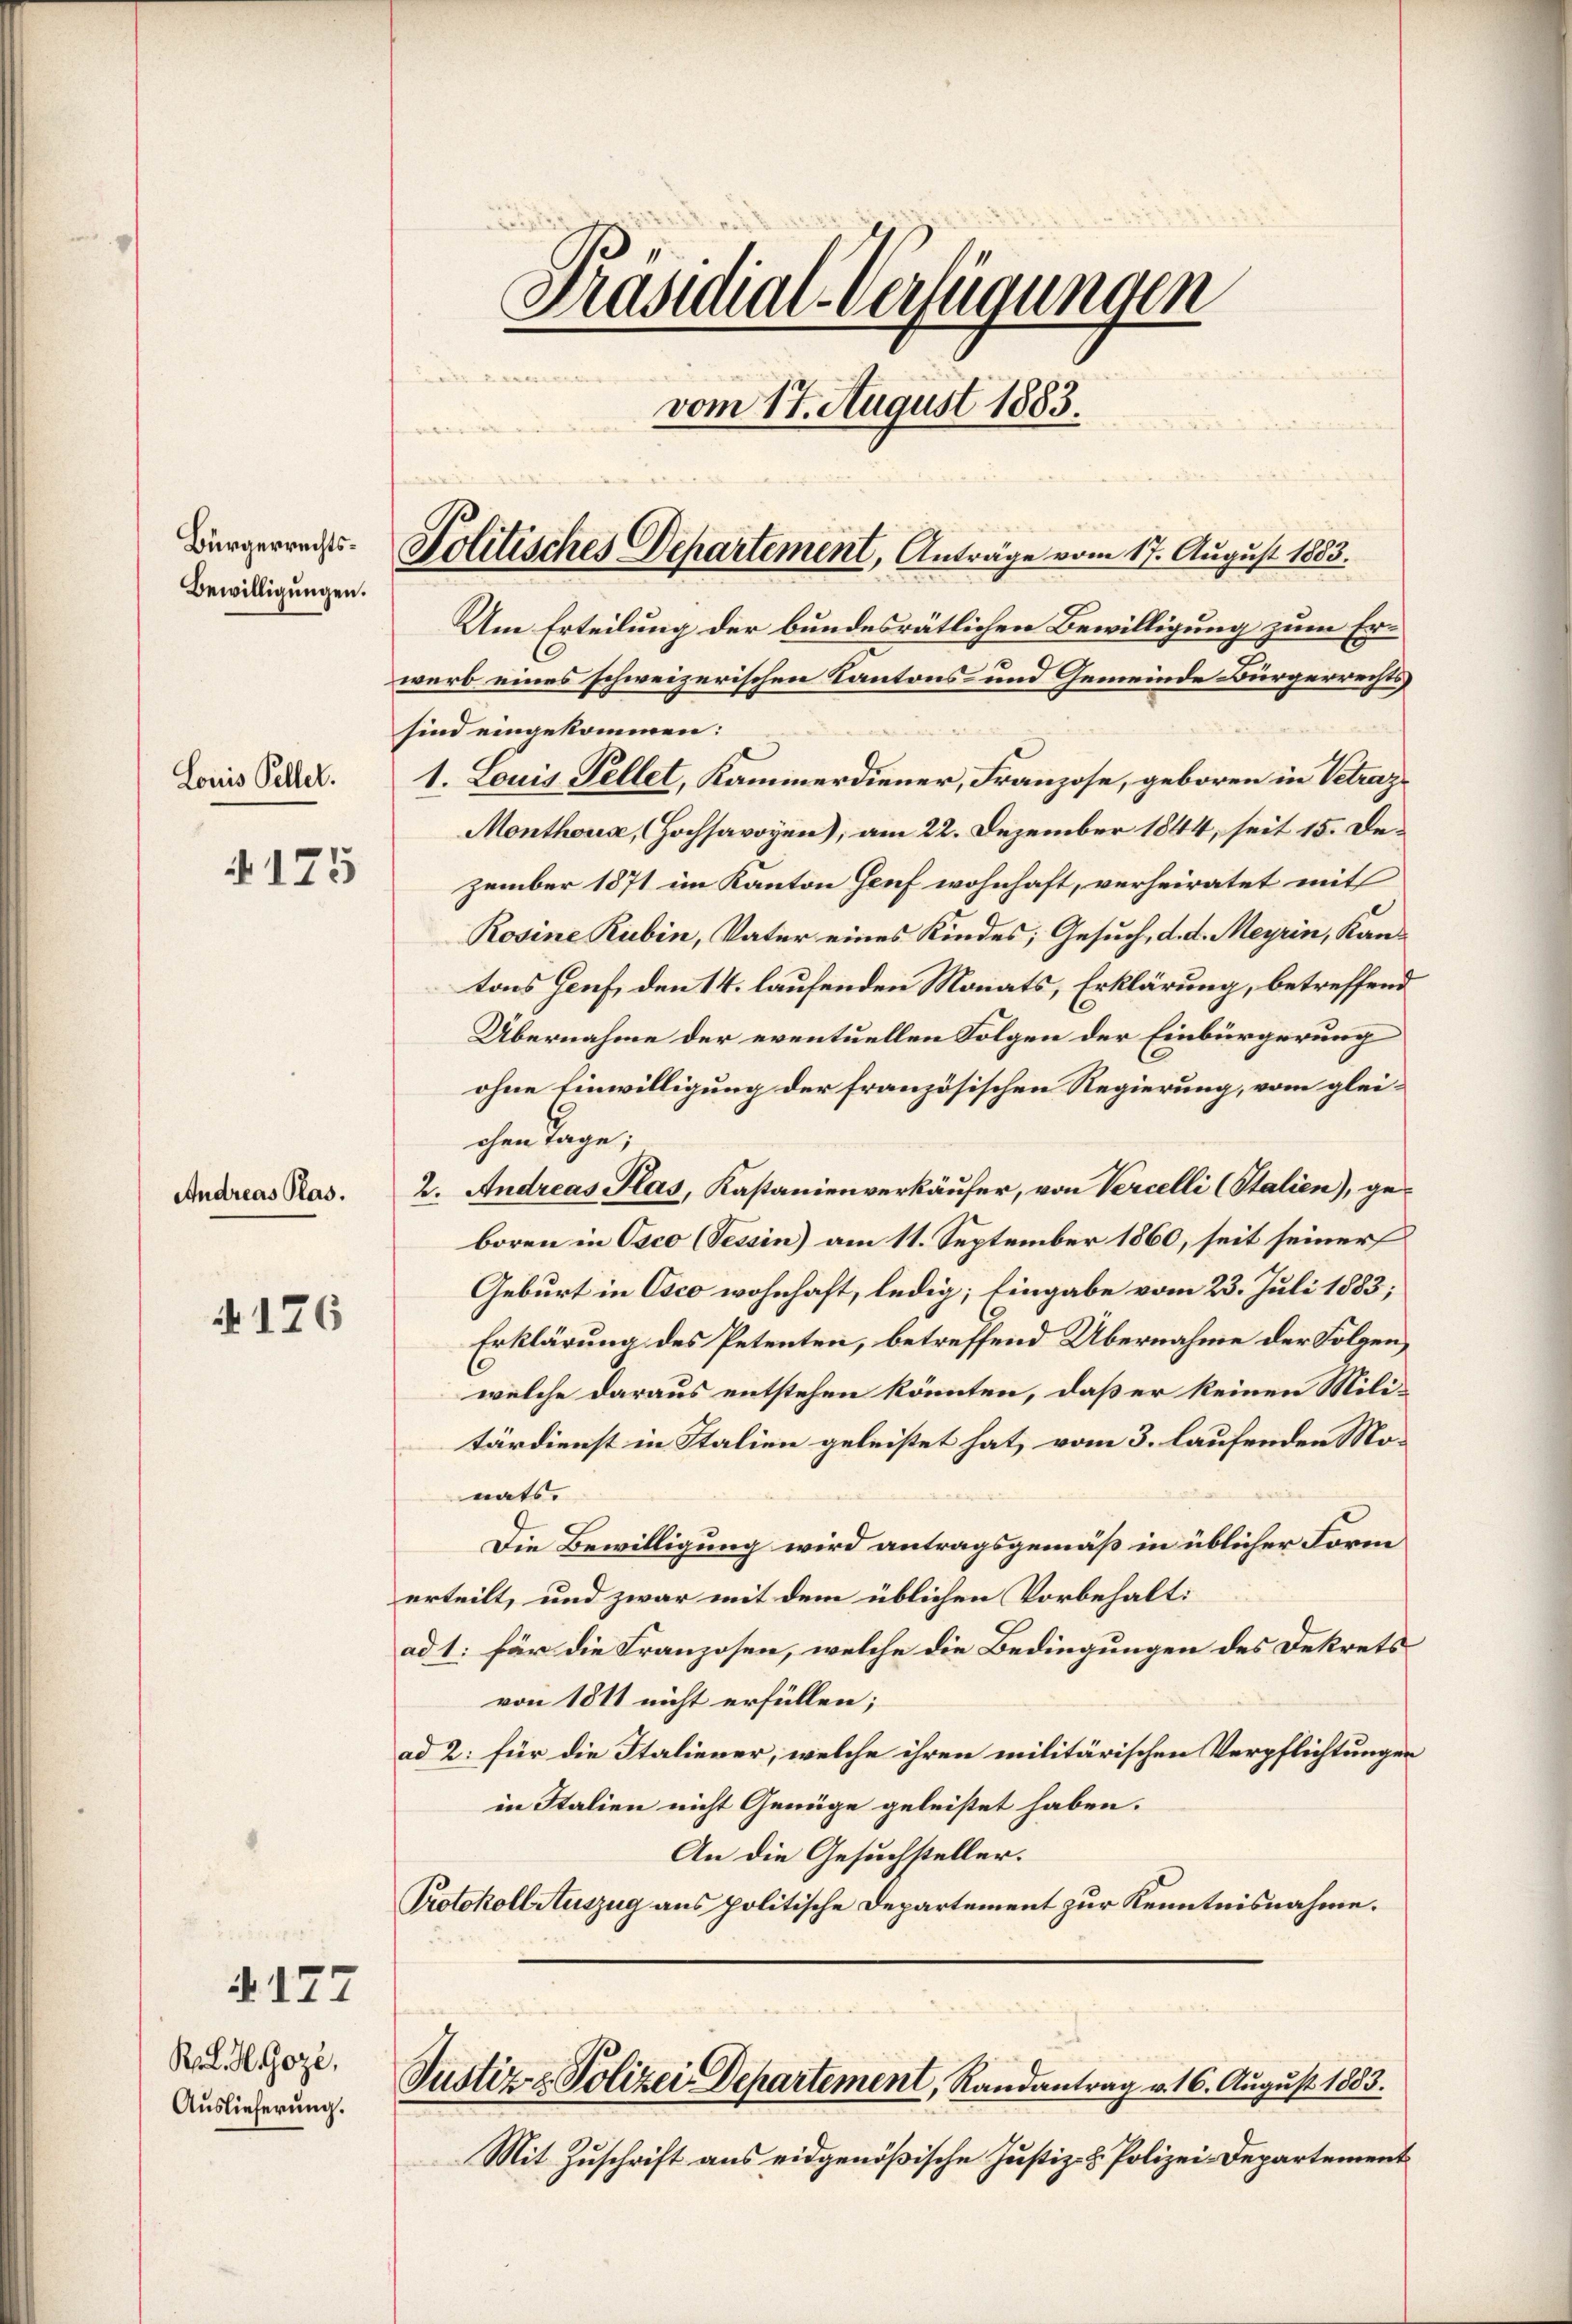
Bürgerrechts¬
Bewilligungen.

Louis Peller.

4175

Andreas Plas.

N 176

177

K. H. Goze.
Auslieferung.

Präsidial-Verfügungen
e
vom 17. August 1883.
Politisches Departement, Anträge vom 17. August 1883.

Um Erteilung der bundesrätlichen Bewilligung zum Erwerb eines schweizerischen Kantons- und Gemeinde Bürgerrechts
sind eingekommen:
1. Louis Fellet, Kammerdiener, Franzose, geboren in Vetrag¬
Monthoux, (Hochsavoyen), am 22. Dezember 1844, seit 15. Dezember 1871 im Kanton Genf wohnhaft, verheiratet mit
Rosine Rubin, Vater eines Kindes; Gesuch, d. d. Meyrin, Kantons Genf, den 14. laufenden Monats, Erklärung, betreffend
Übernahme der eventuellen Folgen der Einbürgerung
ohne Einwilligung der französischen Regierung, vom gleichen Tage;
2. Andreas Plas, Kastanienverkäufer, von Percelli (Stalien), geboren in Osco (Tessin) am 11. September 1860, seit seiner
Geburt in Osco wohnhaft, ledig; Eingabe vom 23. Juli 1883;
Erklärung des Petenten, betreffend Übernahme der Folgen,
welche daraus entstehen könnten, daß er keinen Militärdienst in Italien geleistet hat, vom 3. laufenden Mo-
nats.
Die Bewilligung wird antragsgemäß in üblicher Form
erteilt, und zwar mit dem üblichen Vorbehalt:
ad 1. für die Franzosen, welche die Bedingungen des Dekrets
von 1811 nicht erfüllen;
ad 2: für die Italiener, welche ihren militärischen Verpflichtungen
in Italien nicht Genüge geleistet haben.
An die Gesuchsteller.
Protokoll Auszug aus politische Departement zur Kenntnisnahme.

Justiz- & Polizei Departement, Randantrag v. 16. August 1883.

Mit Zuschrift aus eidgenößische Justiz- & Polizei-Departement